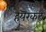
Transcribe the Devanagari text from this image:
हेयरकट